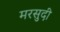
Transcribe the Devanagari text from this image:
मरसुदी